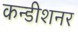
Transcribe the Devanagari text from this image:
कन्डीशनर